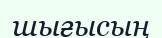
шығысың